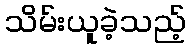
သိမ်းယူခဲ့သည့်